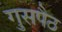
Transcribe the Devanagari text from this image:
गुसपैठ